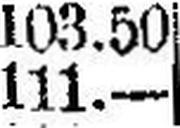
111.—